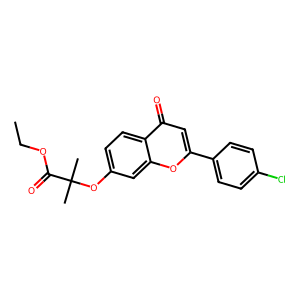
SMILES: CCOC(=O)C(C)(C)Oc1ccc2c(=O)cc(-c3ccc(Cl)cc3)oc2c1
Inhibits HIV replication: No